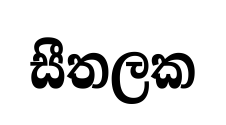
සීතලක